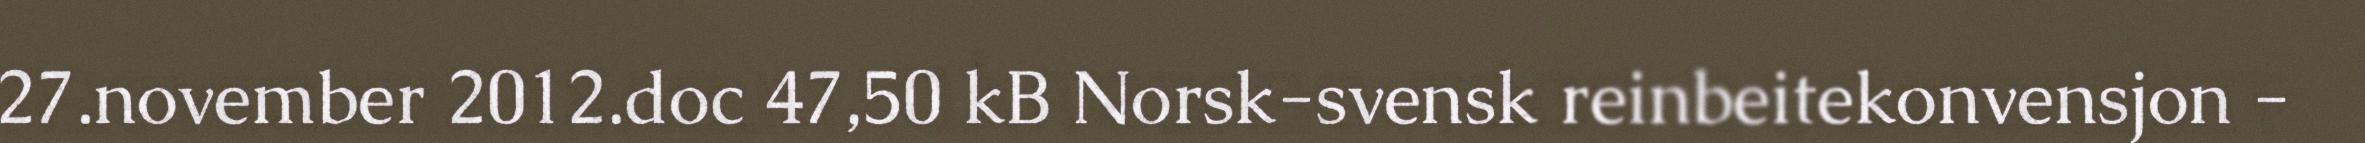
27.november 2012.doc 47,50 kB Norsk-svensk reinbeitekonvensjon -